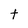
Character: t